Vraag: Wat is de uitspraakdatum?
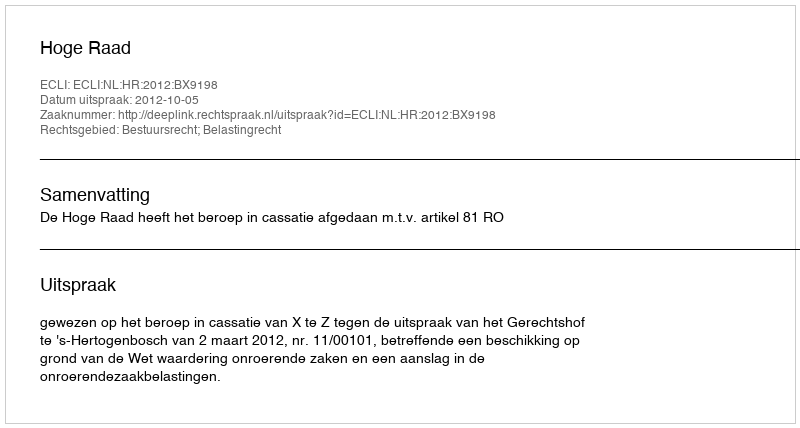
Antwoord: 2012-10-05